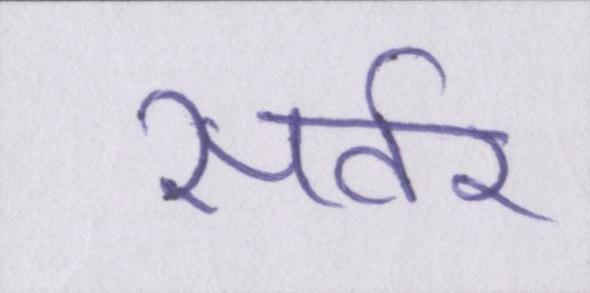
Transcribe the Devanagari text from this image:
सर्वर